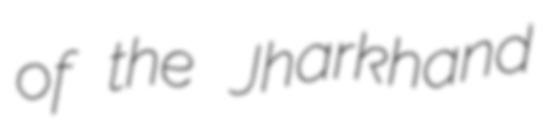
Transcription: of the Jharkhand